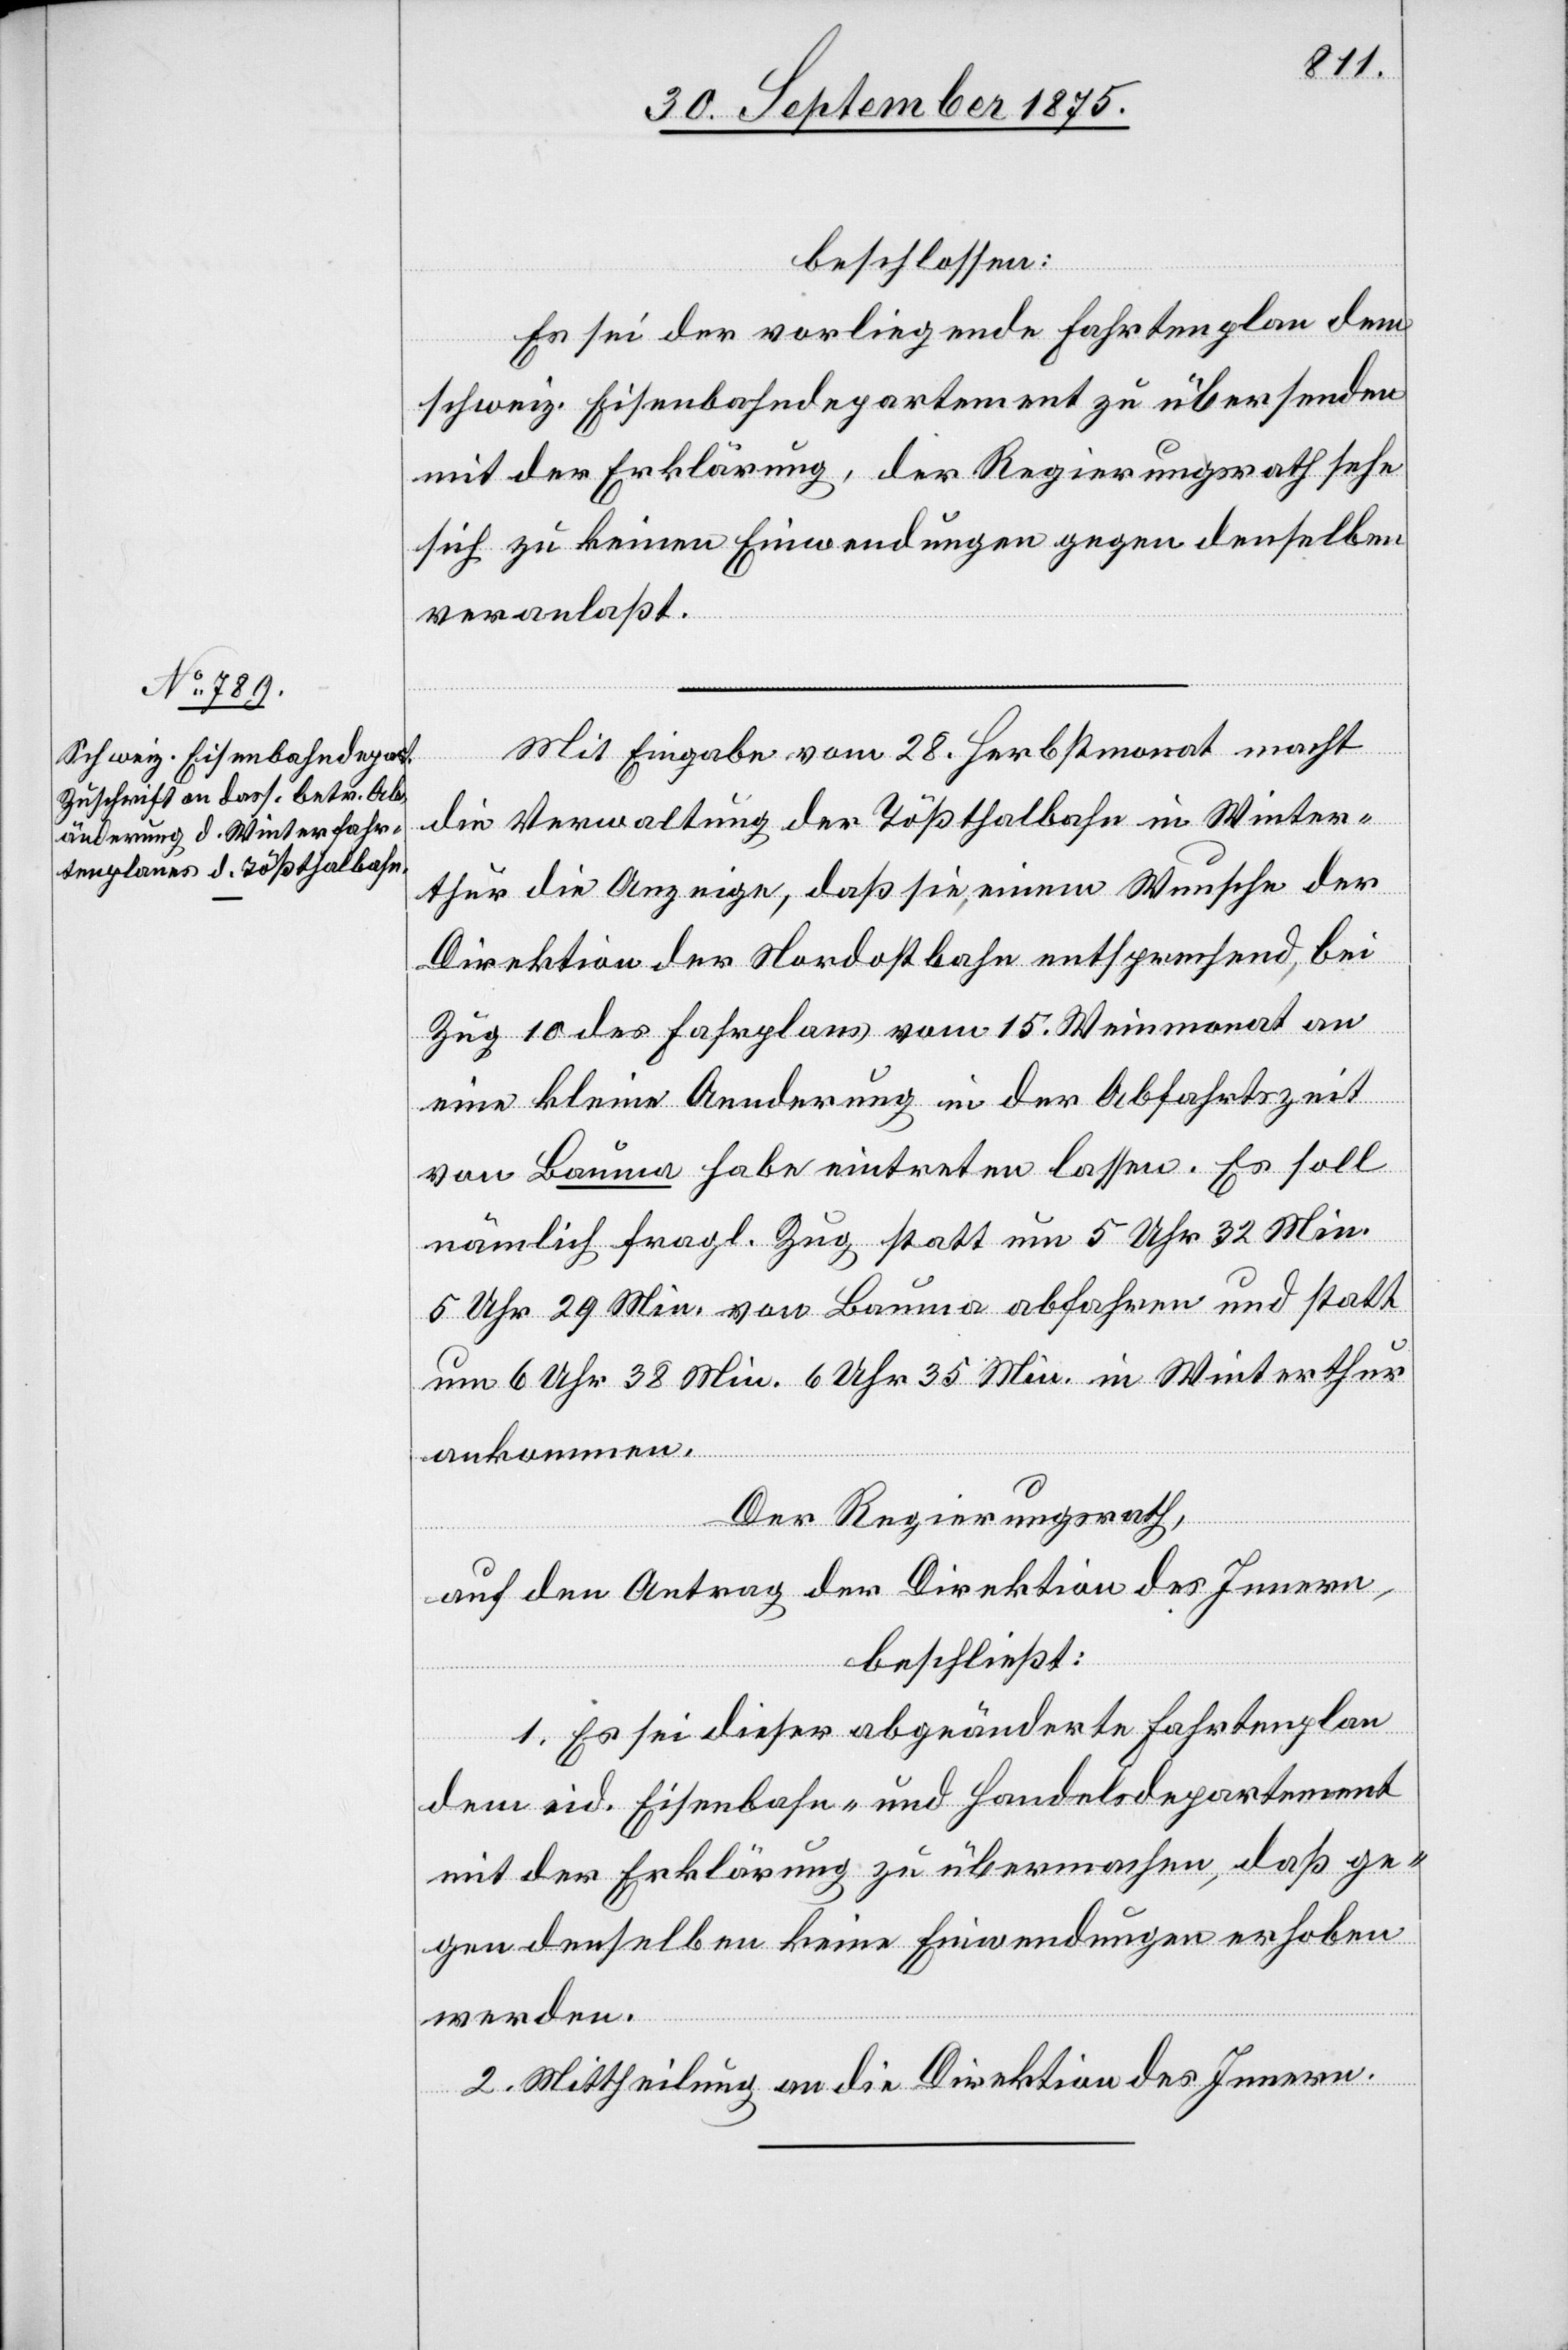
beschlossen:
Es sei der vorliegende Fahrtenplan dem
schweiz. Eisenbahndepartement zu übersenden
mit der Erklärung, der Regierungsrath sehe
sich keinen Einwendungen gegen denselben
veranlaßt.
Mit Eingabe vom 28. Herbstmonat mach
die Verwaltung der Tößthalbahn in Winter¬
thur die Anzeige, daß sie einem Wunsche der
Direktion der Nordostbahn entsprechend, bei
Zug 10 des Fahrplans vom 15. Weinmonat an
eine kleine Aenderung in der Abfahrtszeit
von Bauma habe eintreten lassen. Es soll
nämlich fragl. Zug statt um 5 Uhr 32 Min.
5 Uhr 29 Min. von Bauma abfahren und statt
um 6 Uhr 38 Min. 6 Uhr 35 Min. in Winterthur
ankommen.
Der Regierungsrath,
auf den Antrag der Direktion des Innern,
beschließt:
1. Es sei dieser abgeänderte Fahrtenplan
dem eid. Eisenbahn- und Handelsdepartement
mit der Erklärung zu übermachen, daß ge¬
gen denselben keine Einwendungen erhoben
werden.
2. Mittheilung an die Direktion des Innern.